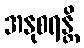
အနုစရန္တိ